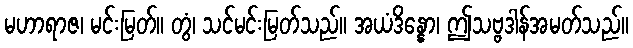
မဟာရာဇ၊ မင်းမြတ်။ တွံ၊ သင်မင်းမြတ်သည်။ အယံဒိန္နော၊ ဤသဗ္ဗဒါန်အမတ်သည်။